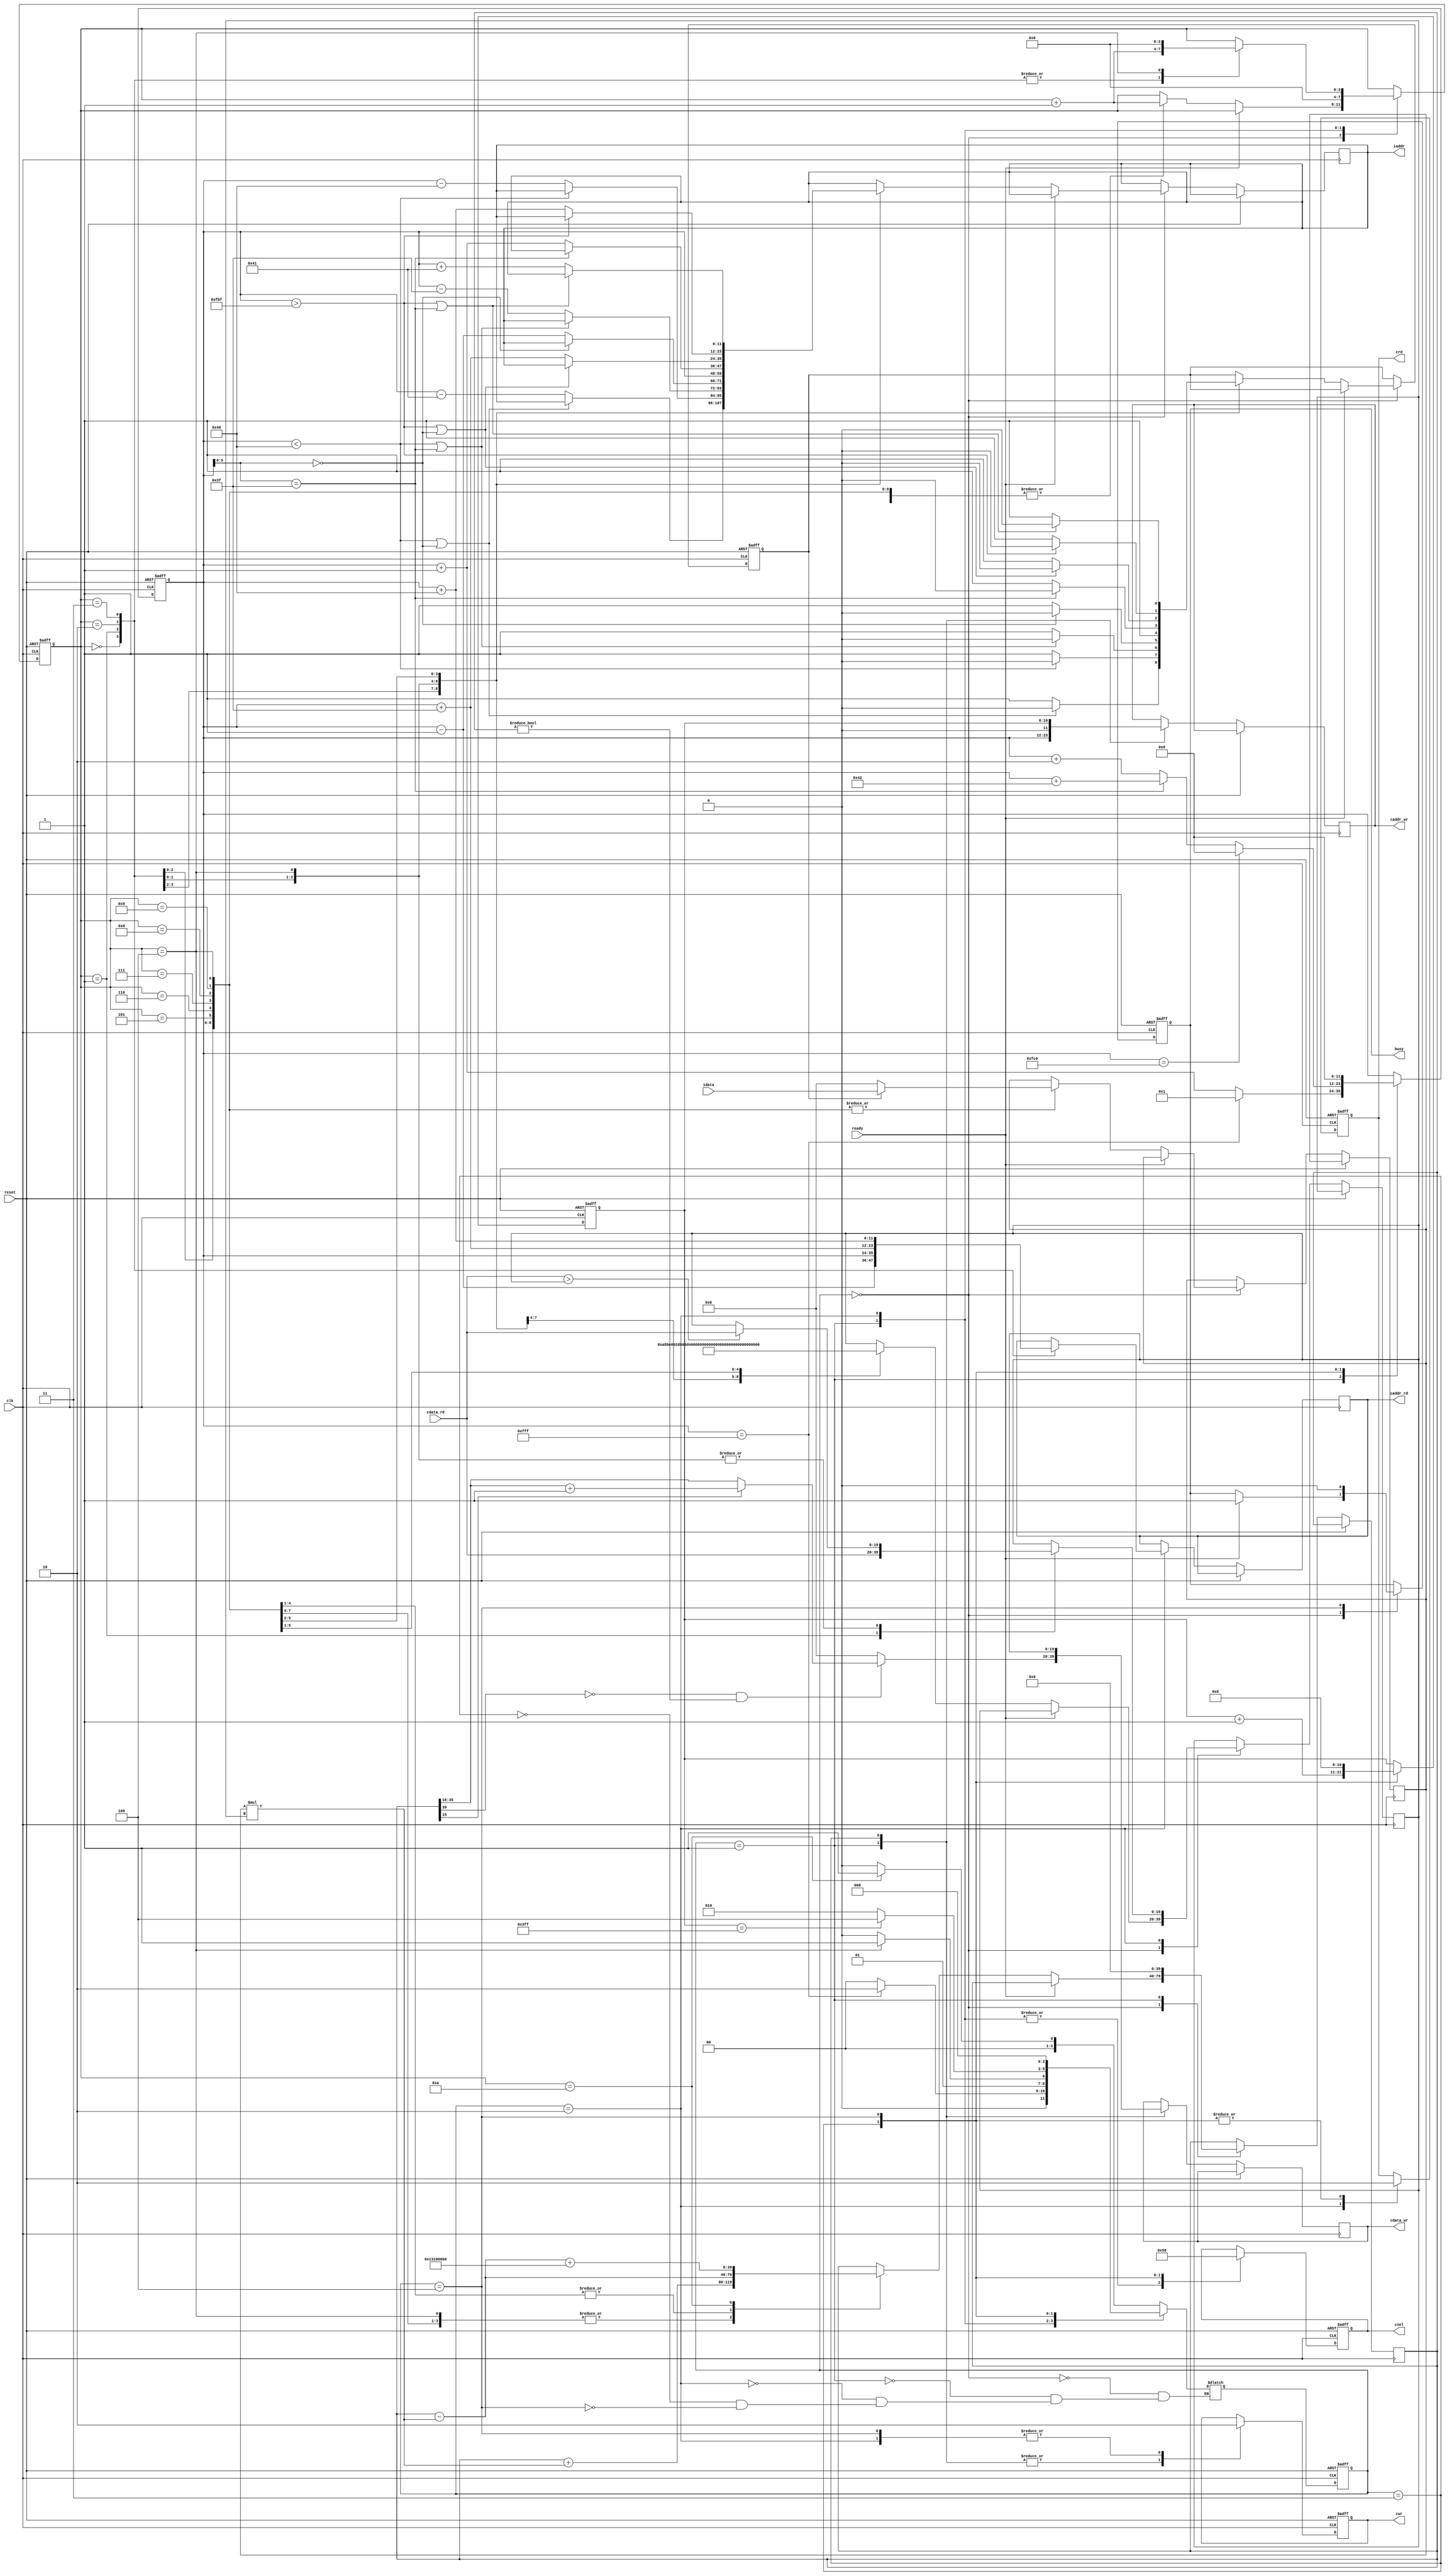

`timescale 1ns/10ps

module  CONV(
	input		clk,
	input		reset,
	output	reg	busy,	
	input		ready,	
			
	output	reg [11:0]	iaddr,
	input	[19:0]	idata,	
	
	output	reg	cwr,
	output	reg [11:0] caddr_wr,
	output	reg [19:0] cdata_wr,
	
	output	reg crd,
	output	reg [11:0] caddr_rd,
	input	[19:0] 	cdata_rd,
	
	output	reg [2:0] csel
	);


reg [2:0] state;
reg [2:0] Nextstate;
reg [19:0] cur;
reg [11:0] cpos;
reg [3:0] count;
reg [19:0] temp;
reg has;
reg [39:0] result;
wire up,down,left,right;
wire [39:0] mul;
reg [10:0] count2;

parameter Load = 0;
parameter Convolutional = 1;
parameter Pooling = 2;
parameter Write = 3;
parameter Reset = 4;

assign mul = cur*temp;
assign up = (cpos < 64);
assign down = (cpos > 4031);
assign left = (cpos[5:0] == 0);
assign right = (cpos[5:0] == 63);

always@(posedge clk or posedge reset)
begin
	if(reset)
	begin
		state <= Load;
		busy <= 0;
		crd <= 0;
		cwr <= 0;
		csel <= 0;
		count <= 0;
		count2 <= 0;
		has <= 0;
		cpos <= 0;
	end
	else
	begin
		state <= Nextstate;

		case(state)
        Load:begin
                  if(ready)
				  begin
					  busy <= 1;
				  end
				  else
				  begin 
                       case(count)
                       0:begin
					  			if(up||left)
					  			begin
									has <= 0;
					  			end
					  			else
					  			begin
						  			iaddr <= cpos - 65;
									has <= 1;
					  			end
								count <= count + 1;                               
					     end
                       1:begin
						        if(has)
						        	cur <= idata;
								else
								    cur <= 0;

					  			if(up)
					  			begin
                                     has <= 0;
					  			end
					  			else
					  			begin
									iaddr <= cpos - 64;
						  			has <= 1;
					  			end  
								  temp <= 20'h0A89E; 
								  count <= count + 1;                            
					   end

                       2:begin
						        if(has)
						        	cur <= idata;
								else
								    cur <= 0;

					  			if(up||right)
					  			begin
                                     has <= 0;
					  			end
					  			else
					  			begin
									iaddr <= cpos - 63;
						  			has <= 1;
					  			end  
								result <= result + mul; 
								temp <= 20'h092D5;  
								count <= count + 1;                          
					     end
                       3:begin
						        if(has)
						        	cur <= idata;
								else
								    cur <= 0;

					  			if(left)
					  			begin
                                     has <= 0;
					  			end
					  			else
					  			begin
									iaddr <= cpos - 1;
						  			has <= 1;
					  			end    
								result <= result + mul;
								temp <= 20'h06D43;
								count <= count + 1;                          
					     end
                       4:begin
						        if(has)
						        	cur <= idata;
								else
								    cur <= 0;
                                has <= 1;
					  			iaddr <= cpos;
								result <= result + mul;
								temp <= 20'h01004;  
								count <= count + 1;                          
					     end
                       5:begin
						        if(has)
						        	cur <= idata;
								else
								    cur <= 0;
					  			if(right)
					  			begin
                                     has <= 0;
					  			end
					  			else
					  			begin
									iaddr <= cpos + 1;
						  			has <= 1;
					  			end         
								result <= result + mul;
								temp <= 20'h0708F;  
								count <= count + 1;                
					     end
                       6:begin
						        if(has)
						        	cur <= idata;
								else
								    cur <= 0;
					  			if(down||left)
					  			begin
                                     has <= 0;
					  			end
					  			else
					  			begin
									iaddr <= cpos + 63;
						  			has <= 1;
					  			end          
								result <= result - mul; 
								temp <= 20'h091AC;   
								count <= count + 1;             
					     end
                       7:begin
						        if(has)
						        	cur <= idata;
								else
								    cur <= 0;
					  			if(down)
					  			begin
                                     has <= 0;
					  			end
					  			else
					  			begin
									iaddr <= cpos + 64;
						  			has <= 1;
					  			end          
								result <= result - mul;
								temp <= 20'h05929;    
								count <= count + 1;             
					     end
                       8:begin
						        if(has)
						        	cur <= idata;
								else
								    cur <= 0;
					  			if(down||right)
					  			begin
                                     has <= 0;
					  			end
					  			else
					  			begin
									iaddr <= cpos + 65;
						  			has <= 1;
					  			end             
								result <= result - mul;
								temp <= 20'h037CC;  
								count <= count + 1;            
					     end
					   9:begin
                             	if(has)
						        	cur <= idata;
								else
								    cur <= 0;
								result <= result - mul;
								temp <= 20'h053E7;
								count <= count + 1;
					     end
					   10:begin
                                result <= result - mul + 40'h13100000;
					      end
					   endcase
				  end
		     end

		Convolutional:begin
			                csel <= 1;
			                cwr <= 1;
							caddr_wr <= cpos;
                            if(result[39] == 1'b0 && result != 0)
							begin
								if(result[15] == 1)
								   cdata_wr <= result[38:16]+1;
								else
								   cdata_wr <= result[38:16];
							end
							else
							begin
								cdata_wr <= 0;
							end
							result <= 0;
							count <= 0;
							if(cpos == 4095)
							begin
							   cpos <= 1;
							end
							else
                              cpos <= cpos + 1;
					  end


		Pooling:begin
			         cwr <= 0;
					 crd <= 1;
					 csel <= 1;
                     case(count)
                     0:begin
                            caddr_rd <= cpos - 1;
							count <= count + 1;
					   end
                     1:begin
                            caddr_rd <= cpos;
							temp <= cdata_rd;
							count <= count + 1;
					   end
                     2:begin
                            caddr_rd <= cpos + 63;
							temp <= (cdata_rd > temp) ? cdata_rd:temp;
							count <= count + 1;
					 end
                     3:begin
                            caddr_rd <= cpos + 64;
							temp <= (cdata_rd > temp) ? cdata_rd:temp;
							count <= count + 1;
					   end
					 4:begin
                            temp <= (cdata_rd > temp) ? cdata_rd:temp;
							count <= 0;
					   end
					 endcase
		        end


		Write:begin
                  crd <= 0;
				  cwr <= 1;
				  csel <= 3;
				  caddr_wr <= count2;
                  cdata_wr <= temp;
				  if(cpos == 4032)
				  begin
					  cpos <= 0;
				  end
				  else
				  begin
					  if(cpos[5:0] == 63)
                      cpos <= cpos + 66;
					  else
                      cpos <= cpos + 2;
				  end
                  count2 <= count2 + 1;
		      end

		Reset: begin
                    busy <= 0;
					crd <= 0;
					cwr <= 0;
					csel <= 0;
					count2 <= 0;
					cpos <= 0;
		       end

		
        
		

		endcase
	end
end


always@(*)
begin
	case(state)       
	 Load:begin
			   if(count == 10)
			   begin
				   Nextstate = Convolutional;
			   end
			   else
			   begin
				   Nextstate = Load;
			   end
		  end
	Convolutional: begin
                        if(cpos == 4095)
						begin
							Nextstate = Pooling;
						end
						else
						begin
							Nextstate = Load;
						end
	               end
	Pooling: begin
                   if(count == 4)
				   begin
					   Nextstate = Write;
				   end
				   else
				   begin
					   Nextstate = Pooling;
				   end
	         end

    Write: begin
                if(count2 == 1023)
				begin
					Nextstate = Reset;
				end
				else
				begin
					Nextstate = Pooling;
				end
	       end


	Reset: begin
		      Nextstate = Load;
	       end
	endcase
end


endmodule